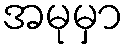
အမုမှာ